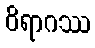
ဝိရာဂဿ